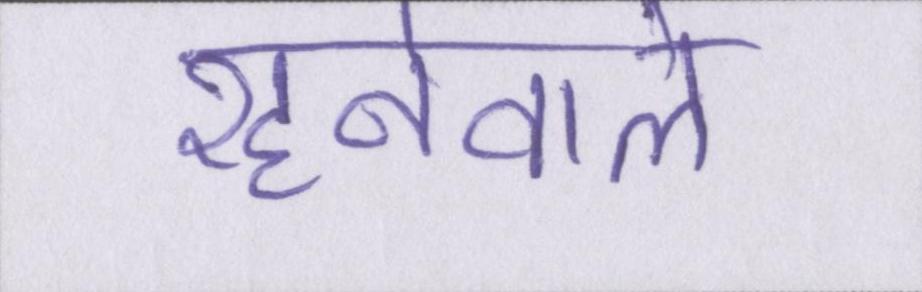
रहनेवाले